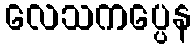
လေသကပ္ပေန